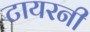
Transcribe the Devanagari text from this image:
टायरनी